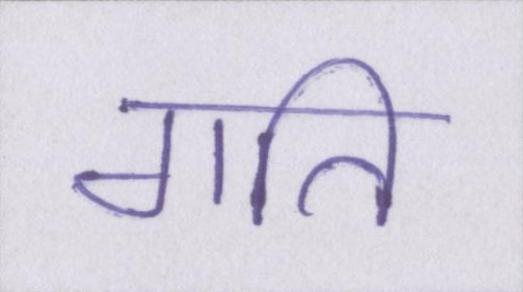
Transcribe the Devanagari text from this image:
गति